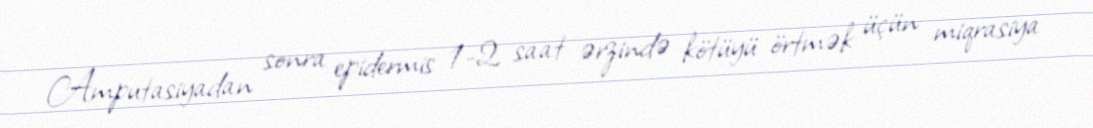
Amputasiyadan sonra epidermis 1-2 saat ərzində kötüyü örtmək üçün miqrasiya